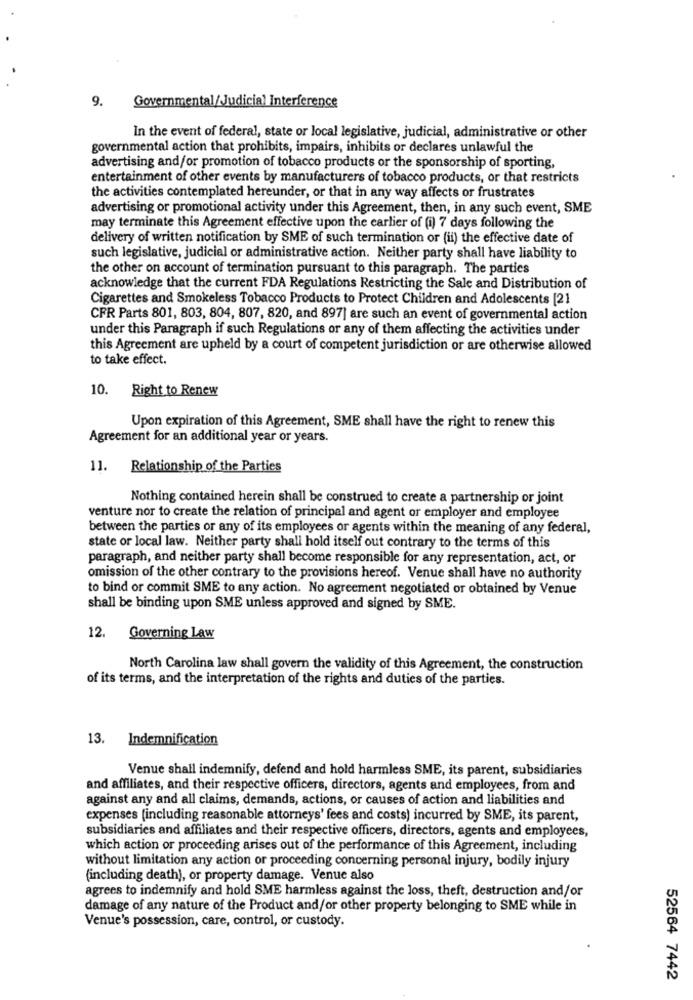
9.
Governmental/Judicial Interference
In the event of federal, state or local legislative, judicial, administrative or other
governmental action that prohibits, impairs, inhibits or declares unlawful the
advertising and/or promotion of tobacco products or the sponsorship of sporting,
entertainment of other events by manufacturers of tobacco products, or that restricts
the activities contemplated hereunder, or that in any way affects or frustrates
advertising or promotional activity under this Agreement, then, in any such event, SME
may terminate this Agreement effective upon the earlier of (i) 7 days following the
delivery of written notification by SME of such termination or (ii) the effective date of
such legislative, judicial or administrative action. Neither party shall have liability to
the other on account of termination pursuant to this paragraph. The parties
acknowledge that the current FDA Regulations Restricting the Sale and Distribution of
Cigarettes and Smokeless Tobacco Products to Protect Children and Adolescents [21
CFR Parts 801, 803, 804, 807, 820, and 897] are such an event of governmental action
under this Paragraph if such Regulations or any of them affecting the activities under
this Agreement are upheld by a court of competent jurisdiction or are otherwise allowed
to take effect.
10. Right to Renew
Upon expiration of this Agreement, SME shall have the right to renew this
Agreement for an additional year or years.
11. Relationship of the Parties
Nothing contained herein shall be construed to create a partnership or joint
venture nor to create the relation of principal and agent or employer and employee
between the parties or any of its employees or agents within the meaning of any federal,
state or local law. Neither party shall hold itself out contrary to the terms of this
paragraph, and neither party shall become responsible for any representation, act, or
omission of the other contrary to the provisions hereof. Venue shall have no authority
to bind or commit SME to any action. No agreement negotiated or obtained by Venue
shall be binding upon SME unless approved and signed by SME.
12.
Governing Law
North Carolina law shall govern the validity of this Agreement, the construction
of its terms, and the interpretation of the rights and duties of the parties.
13. Indemnification
Venue shall indemnify, defend and hold harmless SME, its parent, subsidiaries
and affiliates, and their respective officers, directors, agents and employees, from and
against any and all claims, demands, actions, or causes of action and liabilities and
expenses (including reasonable attorneys' fees and costs) incurred by SME, its parent,
subsidiaries and affiliates and their respective officers, directors, agents and employees,
which action or proceeding arises out of the performance of this Agreement, including
without limitation any action or proceeding concerning personal injury, bodily injury
(including death), or property damage. Venue also
agrees to indemnify and hold SME harmless against the loss, theft, destruction and/or
damage of any nature of the Product and/or other property belonging to SME while in
Venue's possession, care, control, or custody.
52564 7442